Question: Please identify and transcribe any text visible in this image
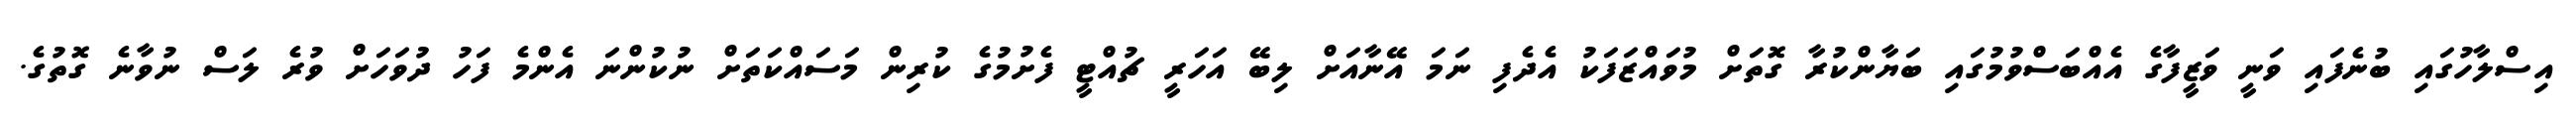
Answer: އިސްލާހުގައި ބުނެފައި ވަނީ ވަޒީފާގެ އެއްބަސްވުމުގައި ބަޔާންކުރާ ގޮތަށް މުވައްޒަފަކު އެދެފި ނަމަ އޭނާއަށް ލިބޭ އަހަރީ ޗުއްޓީ ފެށުމުގެ ކުރިން މަސައްކަތަށް ނުކުންނަ އެންމެ ފަހު ދުވަހަށް ވުރެ ލަސް ނުވާނެ ގޮތުގެ.